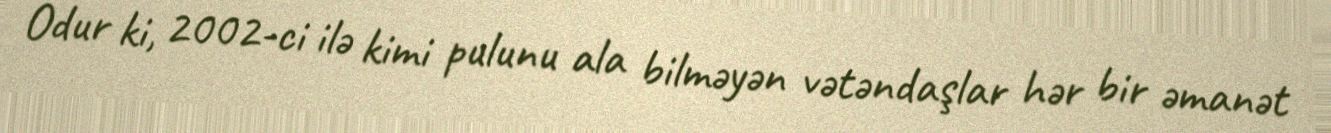
Odur ki, 2002-ci ilə kimi pulunu ala bilməyən vətəndaşlar hər bir əmanət